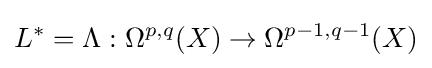
L^{*}=\Lambda :\Omega ^{p,q}(X)\to \Omega ^{p-1,q-1}(X)